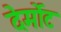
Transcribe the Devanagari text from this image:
देर्मोट